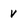
Character: V